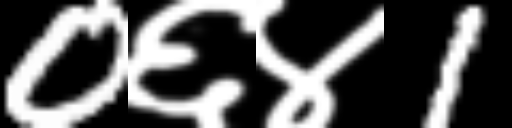
Text: 0६४1